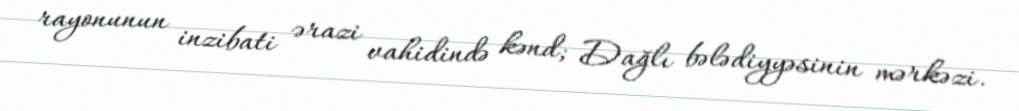
rayonunun inzibati ərazi vahidində kənd; Dağlı bələdiyyəsinin mərkəzi.